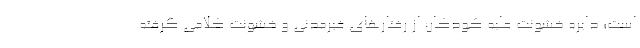
است؛ دایره خشونت علیه کودکان از رفتارهای غیرمدنی و خشونت کلامی گرفته